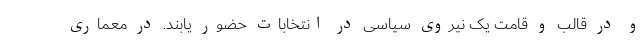
و در قالب و قامت یک نیروی سیاسی در انتخابات حضور یابند. در معماری